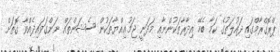
ޕްރޮގްރާމްގައި ދައުލަތުގެ ކަމާ ބެހޭ އިދާރާތަކުންނާއި މަދަނީ ޖަމުޢިއްޔާތަކުން ސެޝަންތައް ނަންގަވައިދެއްވާ ގޮތަށް